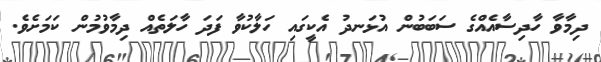
ދިމާވާ ހާދިސާއެއްގެ ސަބަބުން އުޅަނދު އެކީގައި ހަލާކުވާ ފަދަ ހާލަތެއް ދިމާވުމުން ކަމަށެވެ.